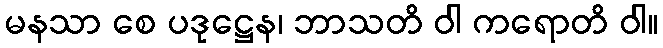
မနသာ စေ ပဒုဋ္ဌေန၊ ဘာသတိ ဝါ ကရောတိ ဝါ။